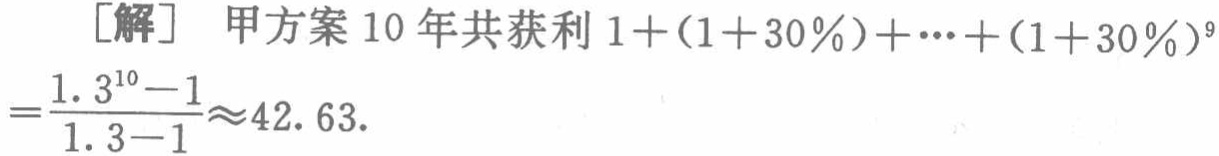
\[

\begin{align*}

&[解] \text{ 甲方案 } 10 \text{ 年共获利 }1+(1 + 30\%)+\cdots+(1 + 30\%)^{9}\\

=&\frac{1.3^{10}-1}{1.3 - 1}\approx42.63.

\end{align*}

\]